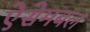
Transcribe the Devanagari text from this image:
ऐसेमबल